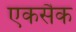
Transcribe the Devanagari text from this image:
एकसैक